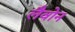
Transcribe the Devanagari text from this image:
लैवोन